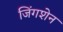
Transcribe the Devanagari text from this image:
जिंगशेन